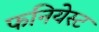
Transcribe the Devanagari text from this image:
फनियेस्ट